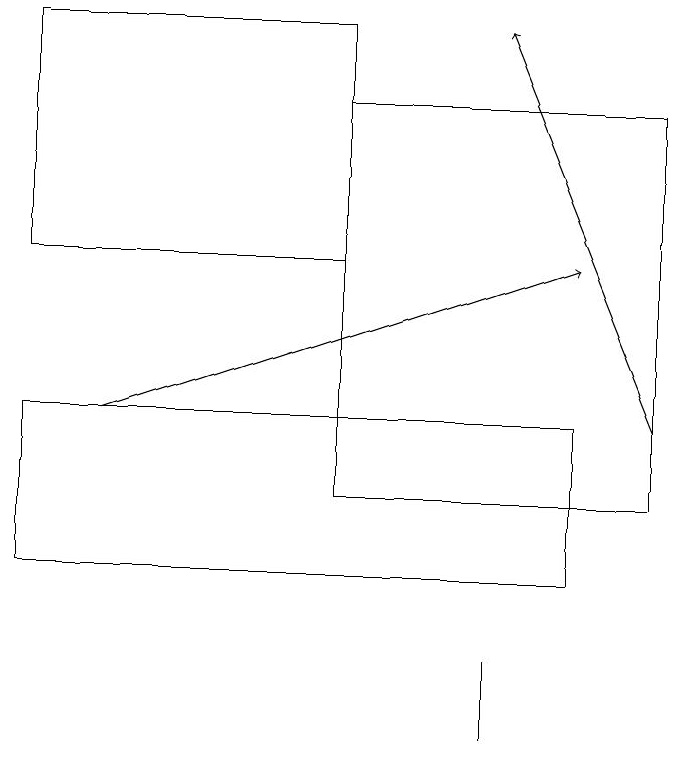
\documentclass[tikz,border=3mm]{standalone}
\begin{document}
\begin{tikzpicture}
\draw (1,12) rectangle (8,14);
\draw (1,19) rectangle (5,16);
\draw (7,10) rectangle (7,11);
\draw[->] (2,14) -- (8,16);
\draw[->] (9,14) -- (7,19);
\draw (5,13) rectangle (9,18);
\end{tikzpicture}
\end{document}